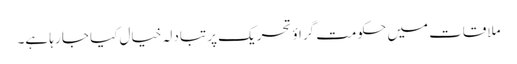
ملاقات میں حکومت گراؤ تحریک پر تبادلہ خیال کیا جا رہا ہے۔